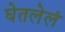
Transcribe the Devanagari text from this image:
घेतलेलं